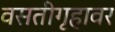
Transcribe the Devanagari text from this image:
वसतीगृहावर